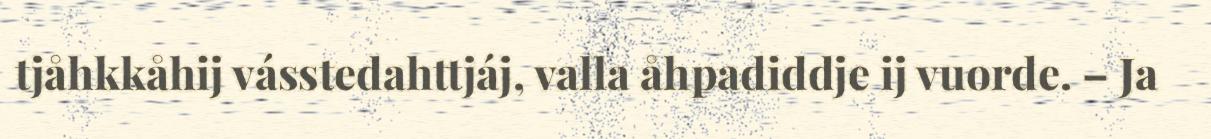
tjåhkkåhij vásstedahttjáj, valla åhpadiddje ij vuorde. – Ja